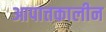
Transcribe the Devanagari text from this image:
आपात्तकालीन